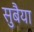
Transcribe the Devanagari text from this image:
सुबैया